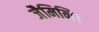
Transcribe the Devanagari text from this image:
जैमिनि।